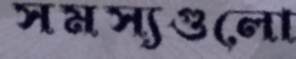
সমস্যগুলো